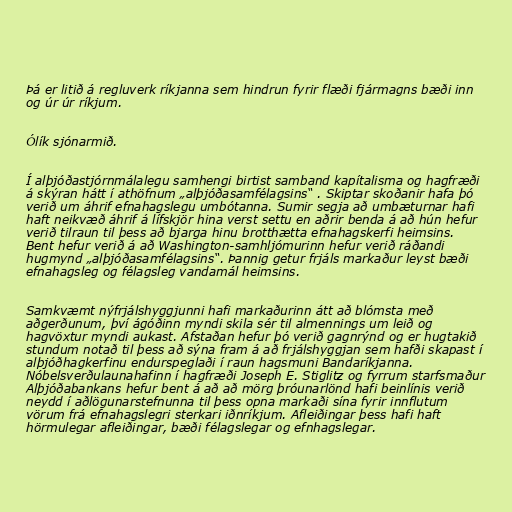
Þá er litið á regluverk ríkjanna sem hindrun fyrir flæði fjármagns bæði inn
og úr úr ríkjum.

Ólík sjónarmið.

Í alþjóðastjórnmálalegu samhengi birtist samband kapítalisma og hagfræði
á skýran hátt í athöfnum „alþjóðasamfélagsins“ . Skiptar skoðanir hafa þó
verið um áhrif efnahagslegu umbótanna. Sumir segja að umbæturnar hafi
haft neikvæð áhrif á lífskjör hina verst settu en aðrir benda á að hún hefur
verið tilraun til þess að bjarga hinu brotthætta efnahagskerfi heimsins.
Bent hefur verið á að Washington-samhljómurinn hefur verið ráðandi
hugmynd „alþjóðasamfélagsins“. Þannig getur frjáls markaður leyst bæði
efnahagsleg og félagsleg vandamál heimsins.

Samkvæmt nýfrjálshyggjunni hafi markaðurinn átt að blómsta með
aðgerðunum, því ágóðinn myndi skila sér til almennings um leið og
hagvöxtur myndi aukast. Afstaðan hefur þó verið gagnrýnd og er hugtakið
stundum notað til þess að sýna fram á að frjálshyggjan sem hafði skapast í
alþjóðhagkerfinu endurspeglaði í raun hagsmuni Bandaríkjanna.
Nóbelsverðulaunahafinn í hagfræði Joseph E. Stiglitz og fyrrum starfsmaður
Alþjóðabankans hefur bent á að að mörg þróunarlönd hafi beinlínis verið
neydd í aðlögunarstefnunna til þess opna markaði sína fyrir innflutum
vörum frá efnahagslegri sterkari iðnríkjum. Afleiðingar þess hafi haft
hörmulegar afleiðingar, bæði félagslegar og efnhagslegar.